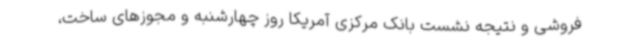
فروشی و نتیجه نشست بانک مرکزی آمریکا روز چهارشنبه و مجوزهای ساخت،